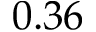
0 . 3 6